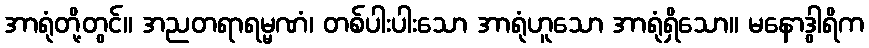
အာရုံတို့တွင်။ အညတရာရမ္မဏံ၊ တစ်ပါးပါးသော အာရုံဟူသော အာရုံရှိသော။ မနောဒွါရိက